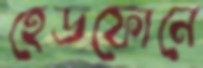
হেডফোনে